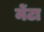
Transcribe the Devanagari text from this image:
मेंटा